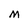
Character: M